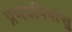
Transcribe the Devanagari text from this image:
प्रणयपिपासु